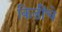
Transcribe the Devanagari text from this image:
किडींचे